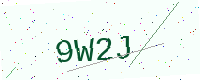
Text: 9W2J